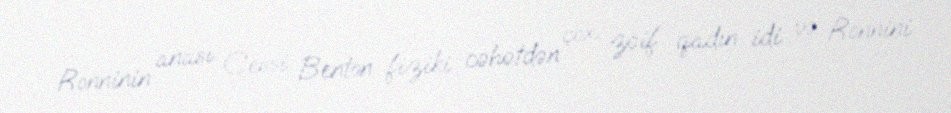
Ronninin anası Cessi Benton fiziki cəhətdən çox zəif qadın idi və Ronnini